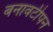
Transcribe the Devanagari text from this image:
बनावटीपन